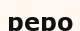
реро